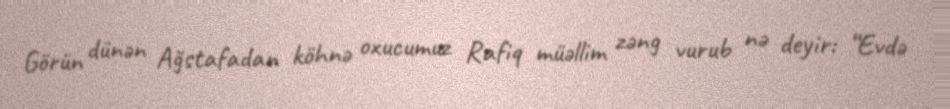
Görün dünən Ağstafadan köhnə oxucumuz Rafiq müəllim zəng vurub nə deyir: “Evdə